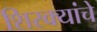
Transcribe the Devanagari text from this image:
शिरक्यांचे